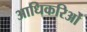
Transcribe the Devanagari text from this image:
आधिकरिओं